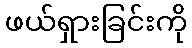
ဖယ်ရှားခြင်းကို